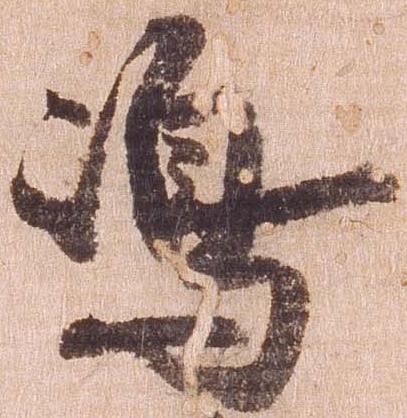
島